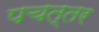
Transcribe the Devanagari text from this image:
पचत्तर